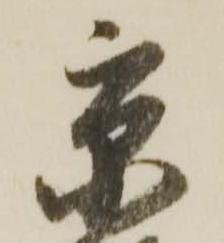
京